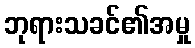
ဘုရားသခင်၏အမှု